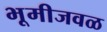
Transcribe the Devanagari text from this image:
भूमीजवळ